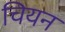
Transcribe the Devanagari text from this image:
चियन